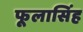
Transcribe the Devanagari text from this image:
फूलासिंह